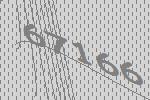
67166